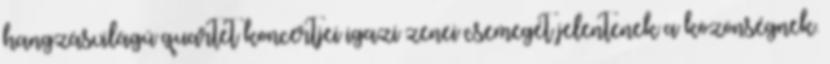
hangzásvilágú quartet koncertjei igazi zenei csemegét jelentenek a közönségnek.